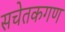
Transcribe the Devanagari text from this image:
सचेतकगण